Lunatic asylums Central Provinces reports 1874-1885 - 1874-1885
Year: 1874
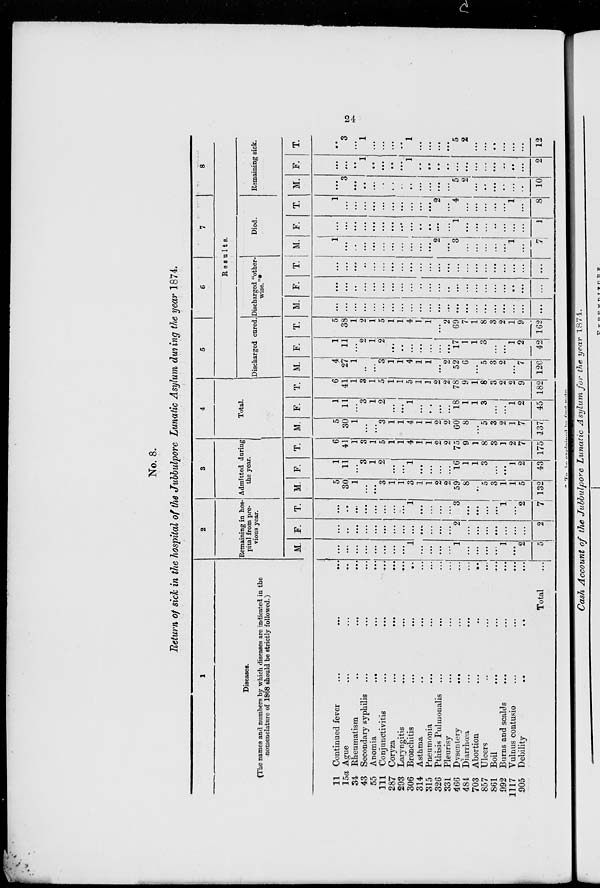
24
No. 8.
Return of sick in the hospital of the Jubbulpore Lunatic Asylum during the year 1874.
1
Diseases.
(The names and numbers by which diseases are indicated in the
nomenclature of 1868 should be strictly followed.)
11 Continued fever
...
...
...
15a Ague ... ... ...
34 Rheumatism ... ... ...
43 Secondary syphilis ... ... ...
55 Anomia
...
...
...
111 Conjunctivitis ... ... ...
287 Coryza ... ... ...
293 Laryngitis ... ... ...
306 Bronchitis
...
...
...
314 Asthma ... ... ...
315 Pneumonia ... ... ...
326 Pthisis Pulmonalis ... ... ...
331 Pleurisy ... ... ...
466 Dysentery ... ... ...
484 Diarrhœa ... ... ...
703 Abortion
...
...
...
857 Ulcers ... ... ...
861 Boil ... ... ...
992 Burns and scalds ... ... ...
1117 Vulnus contusio ... ... ...
905 Debility ... ... ...
Total ...
2
Remaining in hos-
pital from pre-
vious year.
M.
...
...
...
...
...
...
...
...
1
...
...
...
...
1
...
...
...
...
1
...
2
5
F.
...
...
...
...
...
...
...
...
...
...
...
...
...
2
...
...
...
...
...
...
...
2
T.
...
...
...
...
...
...
...
...
1
...
...
...
...
3
...
...
...
...
1
...
2
7
3
Admitted during
the year.
M.
5
30
1
...
...
3
1
1
3
1
1
2
2
59
8
..
5
3
1
1
5
132
F.
1
11
...
3
1
2
...
...
1
...
...
...
...
16
1
1
3
...
...
1
2
43
T.
6
41
1
3
1
5
1
1
4
1
1
2
2
75
9
1
8
3
1
2
7
175
4
Total.
M.
5
30
1
...
...
3
1
1
4
1
1
2
2
60
8
...
5
3
2
1
7
137
F.
1
11
...
3
1
2
...
...
1
...
...
...
...
18
1
1
3
...
...
1
2
45
T.
6
41
1
3
1
5
1
1
5
1
1
2
2
78
9
1
8
3
2
...
9
182
5
6
7
8
Results.
Discharged cured.
M.
4
27
1
...
...
3
1
1
4
1
1
...
2
52
6
...
5
3
2
...
7
120
F.
1
11
...
2
1
2
...
...
...
...
...
...
...
17
1
1
3
...
...
1
2
42
T.
5
38
1
2
1
5
1
1
4
1
1
...
2
69
7
1
8
3
2
1
9
162
Discharged "other-
wise."
M.
...
...
...
...
...
...
...
...
...
...
...
...
...
...
...
...
...
...
...
...
...
...
F.
...
...
..
...
...
...
...
...
...
..
...
...
..
...
...
...
...
...
...
...
...
...
T.
...
...
...
...
...
...
...
...
...
...
...
...
...
...
...
...
...
...
...
...
...
...
Died.
M.
1
...
..
...
...
...
...
...
...
...
...
2
...
3
...
...
...
...
...
1
...
7
F.
...
...
...
...
...
...
...
...
...
...
...
...
...
1
...
...
...
...
...
...
...
1
T.
1
...
...
...
...
...
...
...
...
...
...
2
...
4
...
...
...
...
...
1
...
8
Remaining sick.
M.
...
3
...
...
...
...
...
...
...
...
...
...
...
5
2
...
...
...
...
...
...
10
F.
...
...
...
1
...
...
...
...
1
...
...
...
...
...
...
...
...
...
..
..
...
2
T.
...
3
...
1
...
...
...
..
1
...
...
...
...
5
2
...
...
..
...
...
...
12
*To be
explained by foot note.